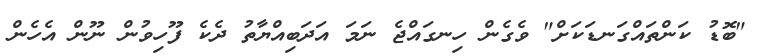
"ބޮޑު ކަންތައްގަނޑަކަށް" ވެގެން ހިނގައްޖެ ނަމަ އަދަބިއްޔާތު ދެކެ ފޫހިވުން ނޫން އެހެން